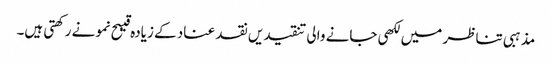
مذہبی تناظر میں لکھی جانے والی تنقیدیں نقد عناد کے زیادہ قیبح نمونے رکھتی ہیں۔